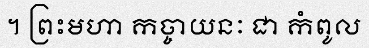
។ ព្រះមហា កច្ចាយនៈ ជា កំពូល